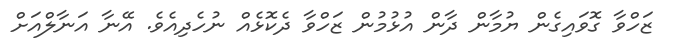
ޒަހްވާ ގޮވައިގެން ޔުމާން ދާން އުޅުމުން ޒަހްވާ ދެކޮޅެއް ނުހެދިއެވެ. އޭނާ އަނާލްއަށް